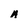
Character: A